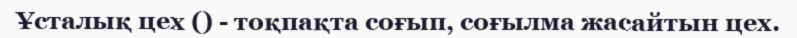
Ұсталық цех () - тоқпақта соғып, соғылма жасайтын цех.